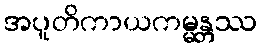
အပူတိကာယကမ္မန္တဿ